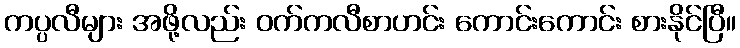
ကပ္ပလီများ အဖို့လည်း ဝက်ကလီစာဟင်း ကောင်းကောင်း စားနိုင်ပြီ။